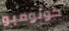
كولومبو